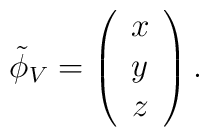
\tilde{\phi}_V = \left( \begin{array}{c}   x\\y\\z \end{array} \right).